Bombay plague: being a history of the progress of plague in the Bombay presidency from September 1896 to June 1899
Year: 1896
Disease focus: Plague
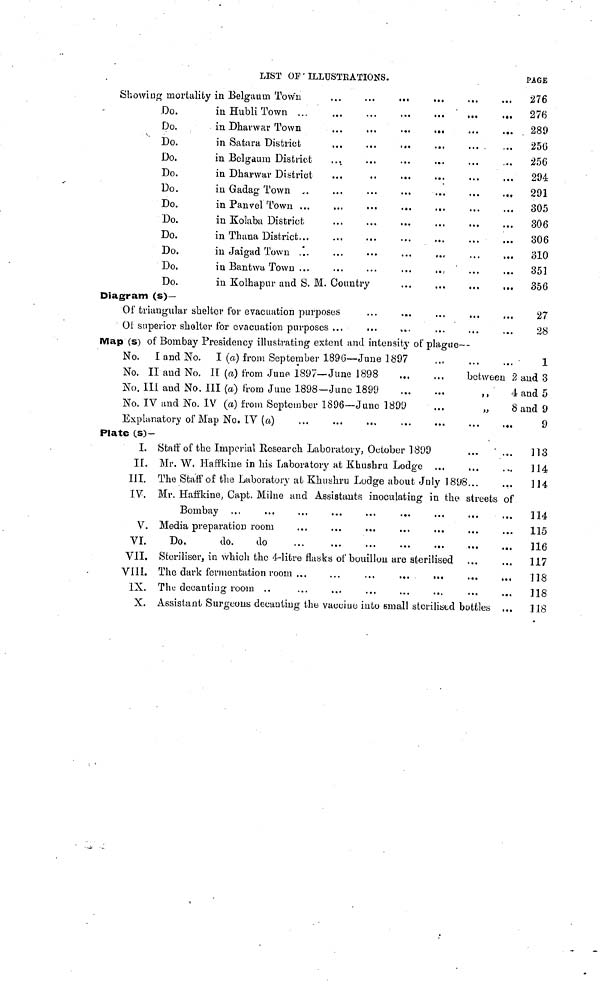
LIST OF ILLUSTRATIONS.
Showing mortality in Belgauin Town
Do.
Do.
Do.
Do.
Do.
Do.
Do.
Do.
Do.
Do.
Do.
Do.
in Hubli Town ...
in Satara District
in Belgaum District
in Dharwar District
in Gadag Town ...
in Panvel Town ...
in Kolaba District
in Thana District...
in Jaigad Town ...
in Bantwa Town ...
...
...
in Kolhapur and S. M. Country ...
...
...
...
...
PAGE
276
276
289
256
256
294
291
305
306
306
310
351
356
Diagram (s)—
Of triangular shelter for evacuation purposes
Oí superior shelter for evacuation purposes ...
...
...
...
Map (s) of Bombay Presidency illustrating extent and intensity of plague-
No. I and No. I (a) from September 1896— June 1897
No. II and No. II (a) from June 1897— June 1898
No. III and No. Ill (a) from June 1898— June 1899
...
...
No. IV and No. IV (a) from September 1896— June 1899
Explanatory of Map No. IV (a)
Plate (s)-
I. Staff of the Imperial Research Laborato]
II. Mr. W, Hafîkme in his Labora tory at F
...
...
...
...
ry, October 1899
Khushru Lodge ...
...
...
...
between
,,
,,
...
...
III. The Staff of the Laboratory at Khushru Lodge about July 1898...
27
28
1
2 and 3
4 and 5
8 and 9
9
.. 113
..
114
.. 114
IV. Mr. Haffkine, Capt. Milne and Assistants inoculating in the streets of
Bombay
V. Media preparation room
VI.
Do,
do.
do
VII. Steriliser, in which the 4-liltre flasks of bouillon are sterilised
VIII. The dark fermentation room ...
IX. The decanting room ..
...
X. Assistant Surgeons decanting the vacciue into small sterilised bottles ...
...
114
...
115
...
116
...
117
...
118
...
118
.. 118